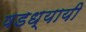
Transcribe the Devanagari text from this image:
षडध्यायी